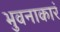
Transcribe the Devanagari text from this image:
भुवनाकारं